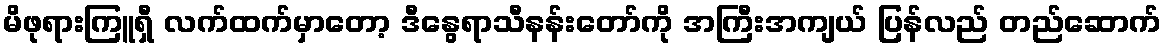
မိဖုရားကြူရှီ လက်ထက်မှာတော့ ဒီနွေရာသီနန်းတော်ကို အကြီးအကျယ် ပြန်လည် တည်ဆောက်